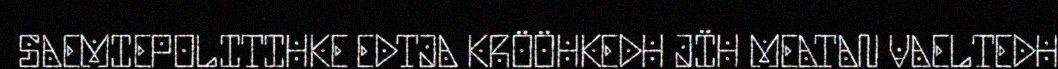
SAEMIEPOLITIHKE EDTJA KRÖÖHKEDH JÏH MEATAN VAELTEDH